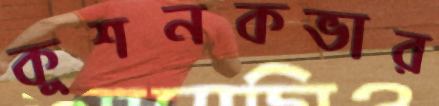
কুশনকভার